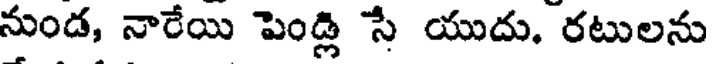
నుండ, నారేయి పెండ్లి సే యుదు. రటులను